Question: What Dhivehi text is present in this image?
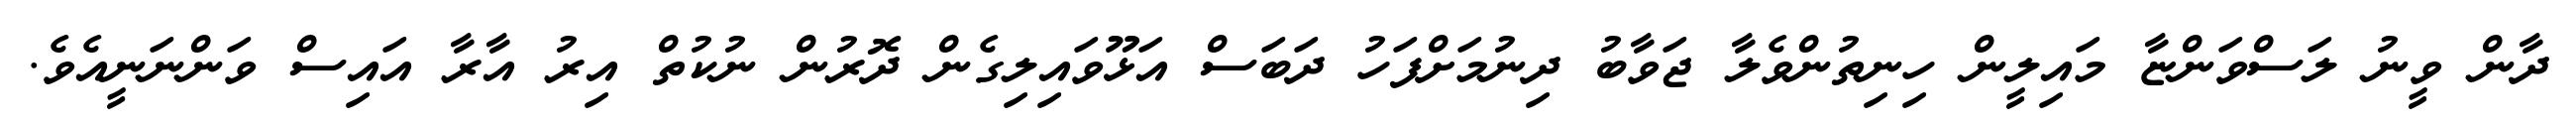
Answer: ދާން ވީނު ލަސްވަންޏާ މައިލީން ހިނިތުންވެލާ ޖަވާބު ދިނުމަށްފަހު ދަބަސް އަޅޫވައިލިގެން ދޮރުން ނުކުތް އިރު އާރާ އައިސް ވަންނަނީއެވެ.